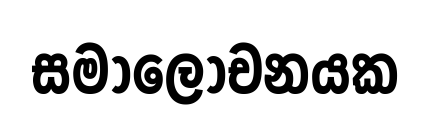
සමාලෝචනයක